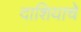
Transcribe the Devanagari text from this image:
दाशियाचे